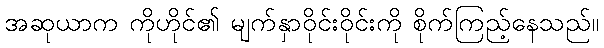
အဆုယာက ကိုဟိုင်၏ မျက်နှာဝိုင်းဝိုင်းကို စိုက်ကြည့်နေသည်။